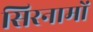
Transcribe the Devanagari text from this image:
सिरनामों